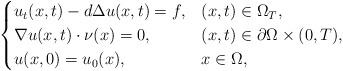
LaTeX: \begin{align*}\begin{cases}u_t(x,t) - d\Delta u(x,t) = f, &(x,t)\in \Omega_{T},\\\nabla u(x,t) \cdot \nu(x) = 0, &(x,t)\in \partial\Omega\times(0,T),\\u(x,0) = u_0(x), &x\in\Omega,\end{cases}\end{align*}